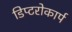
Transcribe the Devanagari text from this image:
डिप्टरोकार्प